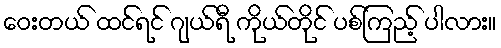
ဝေးတယ် ထင်ရင် ဂျယ်ရီ ကိုယ်တိုင် ပစ်ကြည့် ပါလား။